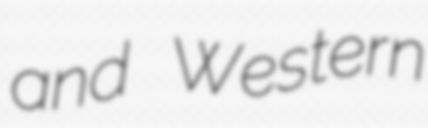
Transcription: and Western